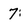
Character: 7